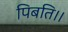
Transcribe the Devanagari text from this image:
पिबति।।